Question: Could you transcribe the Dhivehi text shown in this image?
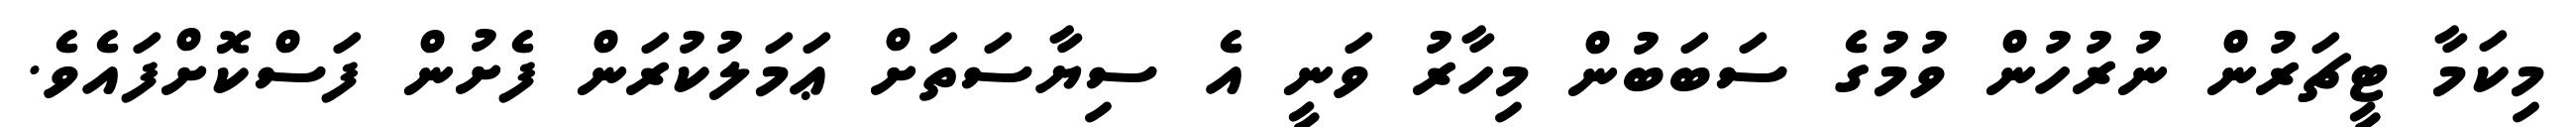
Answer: މިކަމާ ޓީޗަރުން ނުރުހުން ވުމުގެ ސަބަބުން މިހާރު ވަނީ އެ ސިޔާސަތަށް ޢަމަލުކުރަން ފެށުން ފަސްކޮށްފައެވެ.